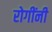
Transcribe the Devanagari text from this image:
रोगींनी